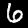
Label: 6